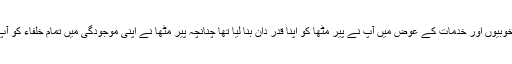
سوہنا سائیں کی ان تمام خوبیوں اور خدمات کے عوض میں آپ نے پیر مٹھاؒ کو اپنا قدر دان بنا لیا تھا چنانچہ پیر مٹھاؒ نے اپنی موجودگی میں تمام خلفاء کو آپ کے ماتحت کر دیا تھا۔